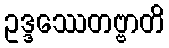
ဥဒ္ဒဿေတဗ္ဗာတိ